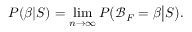
P ( \beta | S ) = \operatorname* { l i m } _ { n \rightarrow \infty } P \big ( \mathcal { B } _ { F } = \beta \big | S \big ) .